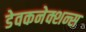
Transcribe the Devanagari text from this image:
डेवकनेक्शन्स